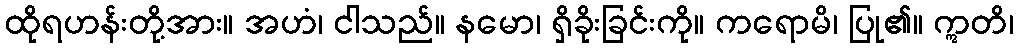
ထိုရဟန်းတို့အား။ အဟံ၊ ငါသည်။ နမော၊ ရှိခိုးခြင်းကို။ ကရောမိ၊ ပြု၏။ ဣတိ၊